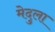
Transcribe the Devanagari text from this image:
मेदुला